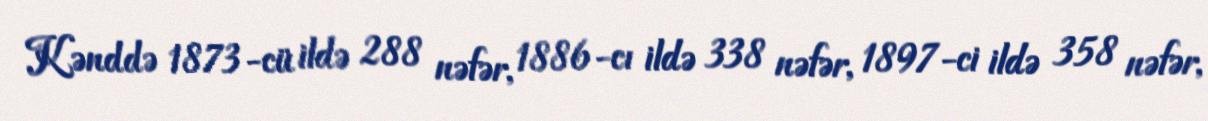
Kənddə 1873-cü ildə 288 nəfər, 1886-cı ildə 338 nəfər, 1897-ci ildə 358 nəfər,